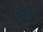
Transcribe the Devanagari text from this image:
फोराकर